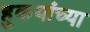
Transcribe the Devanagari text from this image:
हुकयांच्या